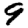
Digit: 9